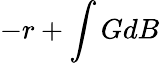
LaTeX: -r+\int GdB